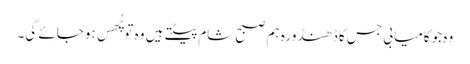
وہ جو کامیابی جس کا ڈھنڈورہ ہم صبح شام پیٹتے ہیں وہ تو پُھس ہوجائے گی۔